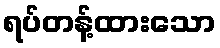
ရပ်တန့်ထားသော